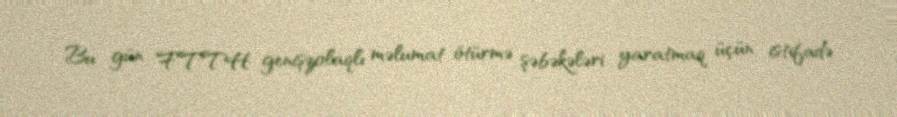
Bu gün FTTH genişzolaqlı məlumat ötürmə şəbəkələri yaratmaq üçün istifadə